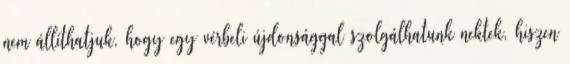
nem állíthatjuk, hogy egy vérbeli újdonsággal szolgálhatunk nektek, hiszen